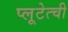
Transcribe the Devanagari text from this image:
प्लूटेत्ची